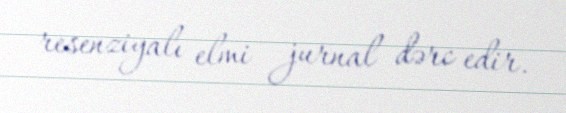
resenziyalı elmi jurnal dərc edir.